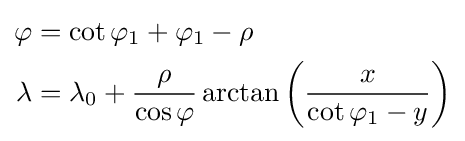
{\begin{aligned}\varphi &=\cot \varphi _{1}+\varphi _{1}-\rho \\\lambda &=\lambda _{0}+{\frac {\rho }{\cos \varphi }}\arctan \left({\frac {x}{\cot \varphi _{1}-y}}\right)\end{aligned}}